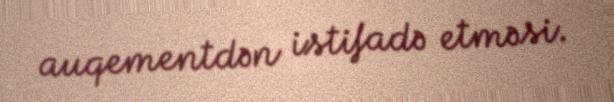
auqementdən istifadə etməsi.